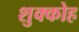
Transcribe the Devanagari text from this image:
शुक्कोह